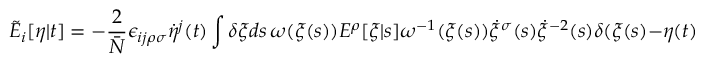
\tilde { E } _ { i } [ \eta | t ] = - \frac { 2 } { \bar { N } } \epsilon _ { i j \rho \sigma } \dot { \eta } ^ { j } ( t ) \int \delta \xi d s \, \omega ( \xi ( s ) ) E ^ { \rho } [ \xi | s ] \omega ^ { - 1 } ( \xi ( s ) ) \dot { \xi } ^ { \sigma } ( s ) \dot { \xi } ^ { - 2 } ( s ) \delta ( \xi ( s ) - \eta ( t ) ) ,